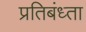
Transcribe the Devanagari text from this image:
प्रतिबंध्ता